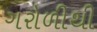
ગરોળીથી